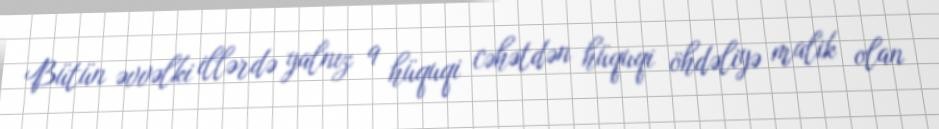
Bütün əvvəlki illərdə yalnız 9 hüquqi cəhətdən hüquqi öhdəliyə malik olan